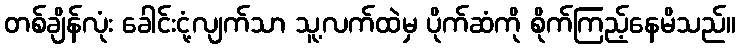
တစ်ချိန်လုံး ခေါင်းငုံ့လျက်သာ သူ့လက်ထဲမှ ပိုက်ဆံကို စိုက်ကြည့်နေမိသည်။